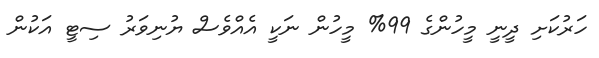
ހަރުކަށި ދީނީ މީހުންގެ 99% މީހުން ނަކީ އެއްވެސް ޔުނިވަރު ސިޓީ އަކުން